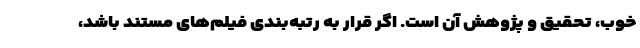
خوب، تحقیق و پژوهش آن است. اگر قرار به رتبه‌بندی فیلم‌های مستند باشد،